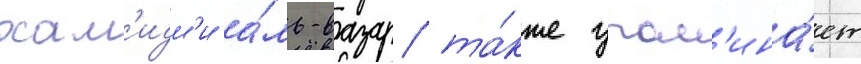
хам'идм'и а́ль-вазар та́кже упом'ина́ет